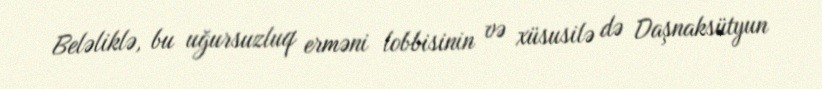
Beləliklə, bu uğursuzluq erməni lobbisinin və xüsusilə də Daşnaksütyun